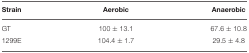
| Strain | Aerobic | Anaerobic |
 | --- | --- | --- |
 | GT | 100 ± 13.1 | 67.6 ± 10.8 |
 | 1299E | 104.4 ± 1.7 | 29.5 ± 4.8 |